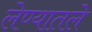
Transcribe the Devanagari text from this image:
लेण्यातले